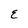
Character: E